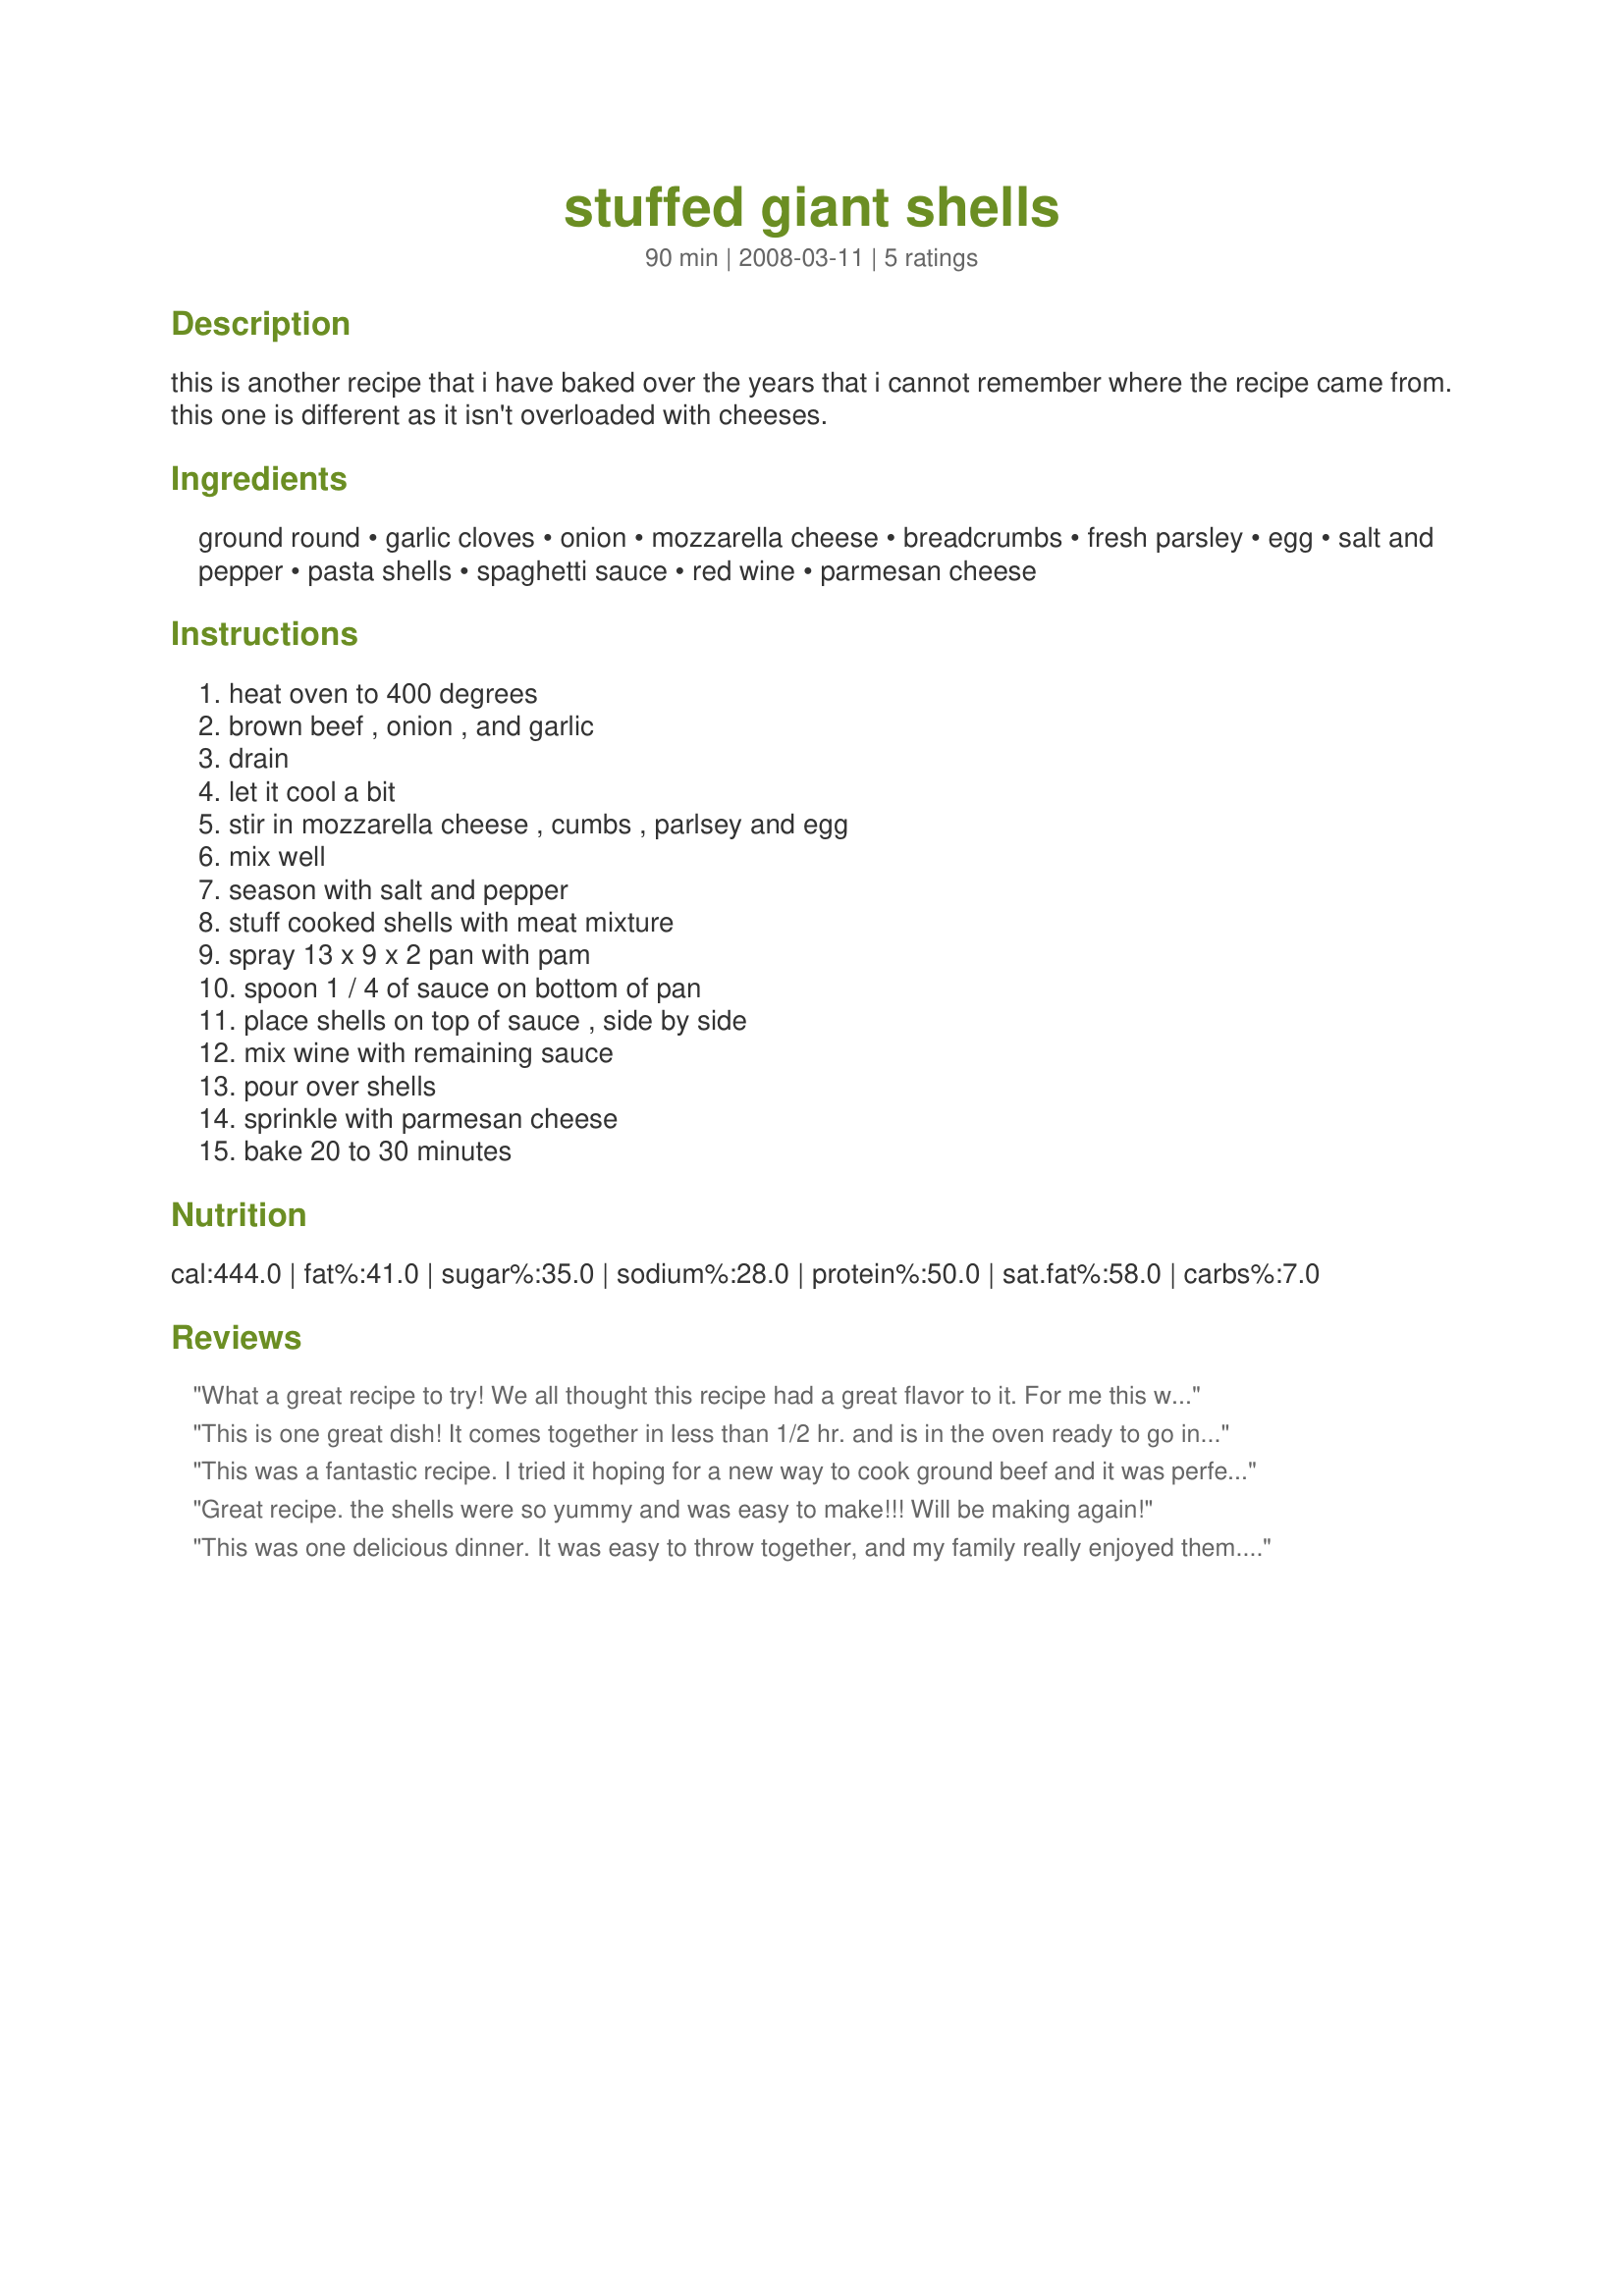
stuffed giant shells
Preparation time: 90 minutes

this is another recipe that i have baked over the years that i cannot remember where the recipe came from. this one is different as it isn't overloaded with cheeses.

Ingredients:
ground round, garlic cloves, onion, mozzarella cheese, breadcrumbs, fresh parsley, egg, salt and pepper, pasta shells, spaghetti sauce, red wine, parmesan cheese

Steps:
heat oven to 400 degrees, brown beef , onion , and garlic, drain, let it cool a bit, stir in mozzarella cheese , cumbs , parlsey and egg, mix well, season with salt and pepper, stuff cooked shells with meat mixture, spray 13 x 9 x 2 pan with pam, spoon 1 / 4 of sauce on bottom of pan, place shells on top of sauce , side by side, mix wine with remaining sauce, pour over shells, sprinkle with parmesan cheese, bake 20 to 30 minutes

Reviews:
What a great recipe to try! We all thought this recipe had a great flavor to it. For me this was easier to make than what I thought it would be. Looking forward to trying this recipe again.
This is one great dish! It comes together in less than 1/2 hr. and is in the oven ready to go in no time. The thing that takes the longest is boiling the water for the pasta. I really enjoyed and will be making in the future often. I liked how the fact that the bread crumbs were added and it kind of pulled everything together. Thanks Nana! Made for Spring PAC 08.
This was a fantastic recipe. I tried it hoping for a new way to cook ground beef and it was perfect. I served this with some garlic bread and salad and it was a hit. Plus, it tastes delicious reheated the next day if any leftovers survive the first night.
Great recipe. the shells were so yummy and was easy to make!!! Will be making again!
This was one delicious dinner. It was easy to throw together, and my family really enjoyed them. My youngest son doesn't care for beef, so I left a few unstuffed shells for him, but he did eat the stuffed shells and liked them, so that right there is a big plus. I have a few leftover for DH to take to work for lunch. This is one recipe that I will be making a lot from now on. In fact, I think I am making this for when my in-laws come. Thanks for your great recipe. Made for Camera less Chef #5 game.
